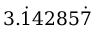
3 . { \dot { 1 } } 4 2 8 5 { \dot { 7 } }